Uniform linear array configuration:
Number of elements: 24
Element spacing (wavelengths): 0.75
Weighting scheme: blackman
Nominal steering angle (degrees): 60
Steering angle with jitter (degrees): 59.328
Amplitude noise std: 0.05
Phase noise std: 0.05

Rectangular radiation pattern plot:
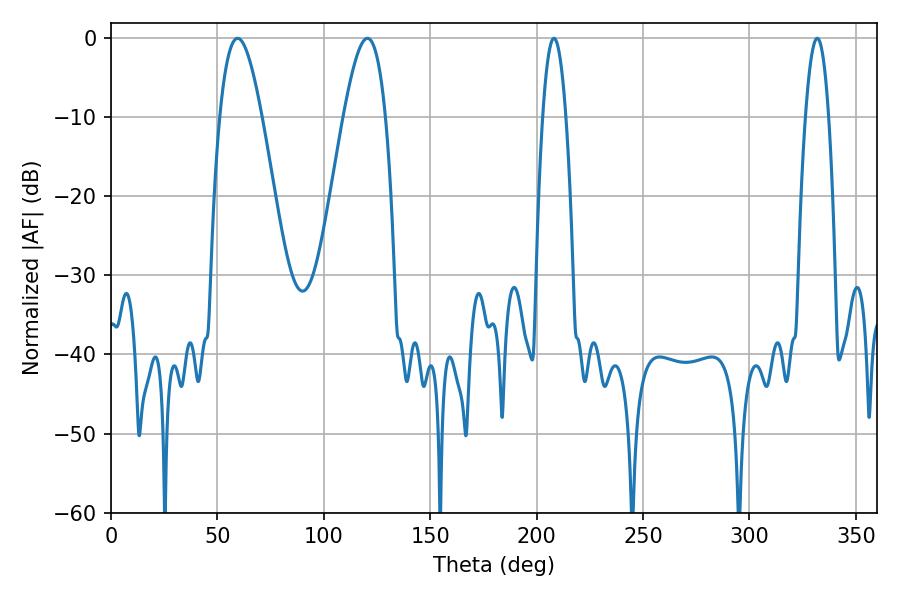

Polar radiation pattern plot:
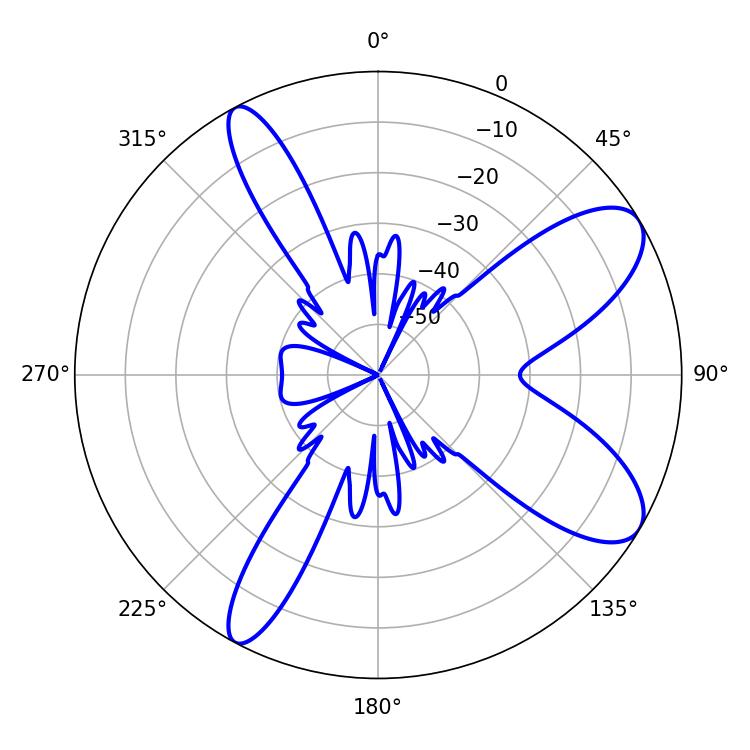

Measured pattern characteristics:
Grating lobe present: TRUE
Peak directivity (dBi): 9.109
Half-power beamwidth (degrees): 10.8
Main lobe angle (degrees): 120.42